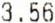
3.56